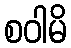
စဝါမိ